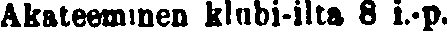
Akateeminen klubi-ilta 8 i.-p.